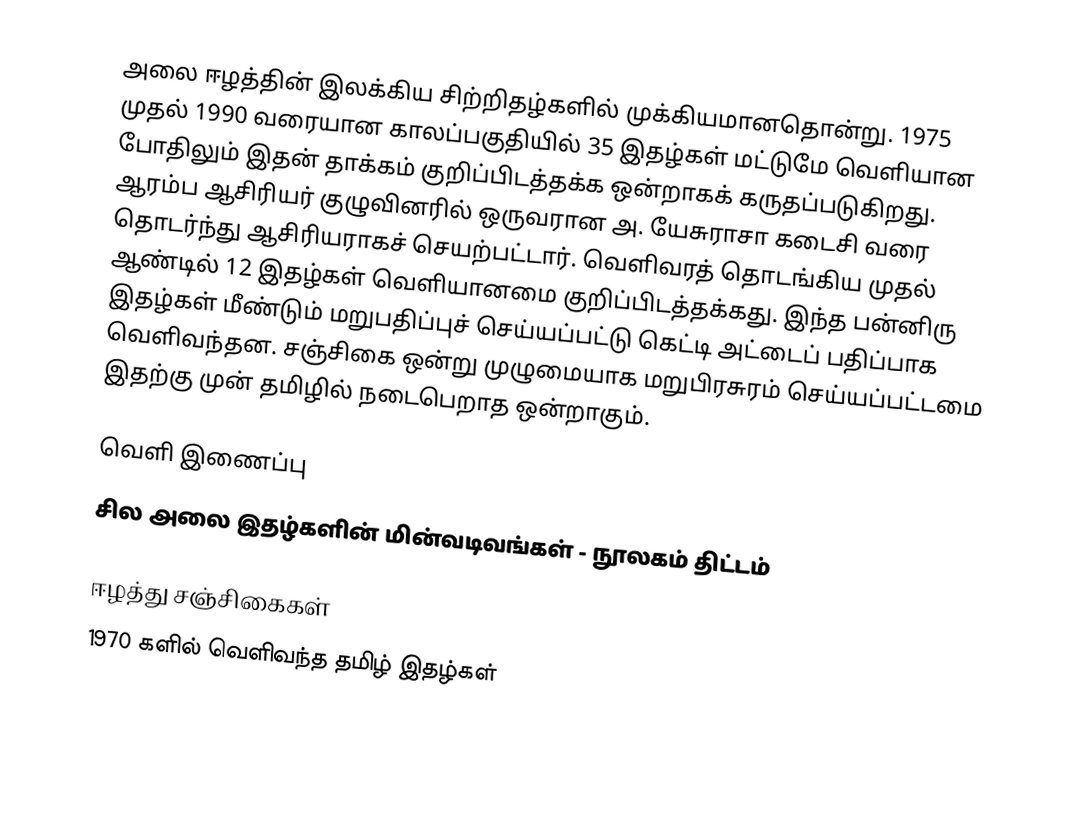
அலை ஈழத்தின் இலக்கிய சிற்றிதழ்களில் முக்கியமானதொன்று. 1975 முதல் 1990 வரையான காலப்பகுதியில் 35 இதழ்கள் மட்டுமே வெளியான போதிலும் இதன் தாக்கம் குறிப்பிடத்தக்க ஒன்றாகக் கருதப்படுகிறது. ஆரம்ப ஆசிரியர் குழுவினரில் ஒருவரான அ. யேசுராசா கடைசி வரை தொடர்ந்து ஆசிரியராகச் செயற்பட்டார். வெளிவரத் தொடங்கிய முதல் ஆண்டில் 12 இதழ்கள் வெளியானமை குறிப்பிடத்தக்கது. இந்த பன்னிரு இதழ்கள் மீண்டும் மறுபதிப்புச் செய்யப்பட்டு கெட்டி அட்டைப் பதிப்பாக வெளிவந்தன. சஞ்சிகை ஒன்று முழுமையாக மறுபிரசுரம் செய்யப்பட்டமை இதற்கு முன் தமிழில் நடைபெறாத ஒன்றாகும்.

வெளி இணைப்பு
 சில அலை இதழ்களின் மின்வடிவங்கள் - நூலகம் திட்டம்

ஈழத்து சஞ்சிகைகள்
1970 களில் வெளிவந்த தமிழ் இதழ்கள்